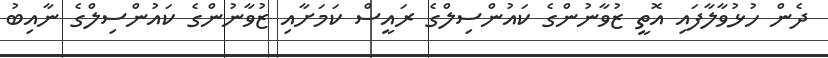
ދެން ހުޅުވާލާފައި އޮތީ ޒުވާނުންގެ ކައުންސިލްގެ ރައީސް ކަމަށާއި ޒުވާނުންގެ ކައުންސިލްގެ ނާއިބު